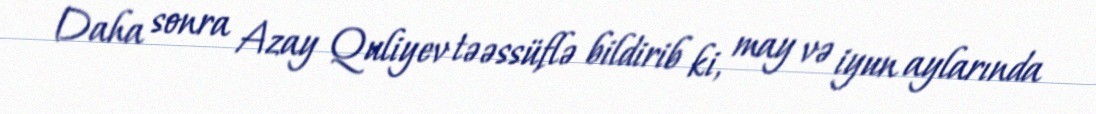
Daha sonra Azay Quliyev təəssüflə bildirib ki, may və iyun aylarında